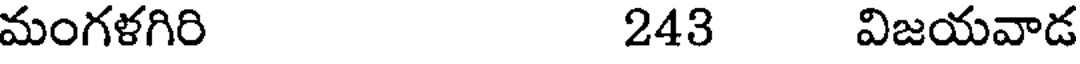
మంగళగిరి 243 విజయవాడ